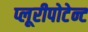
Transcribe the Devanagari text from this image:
प्लूरीपोटेन्ट